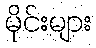
မိုင်းများ